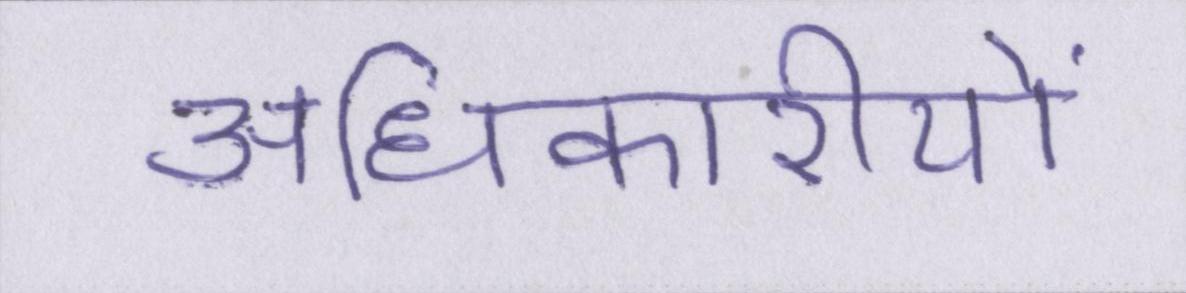
अधिकारीयों